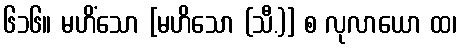
၆၁၆။ မဟိံသော [မဟိသော (သီ.)] စ လုလာယော ထ၊